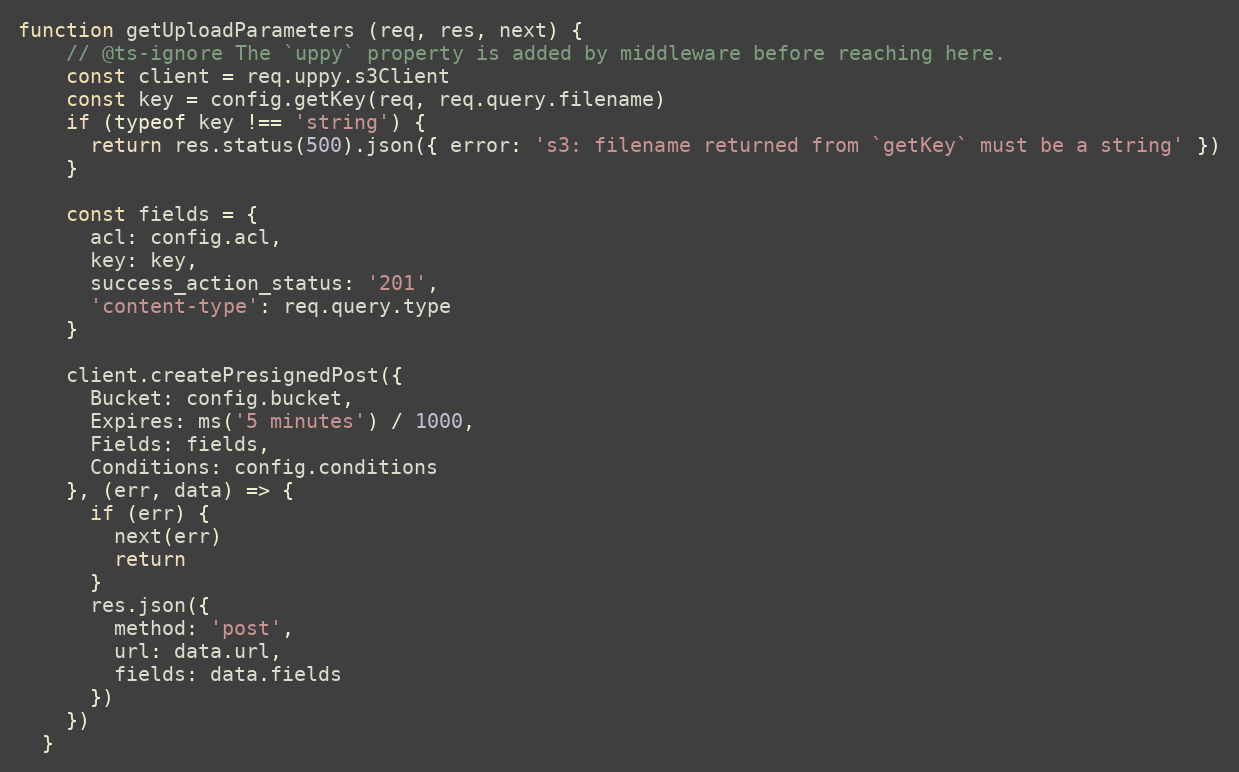
Language: JavaScript
function getUploadParameters (req, res, next) {
    // @ts-ignore The `uppy` property is added by middleware before reaching here.
    const client = req.uppy.s3Client
    const key = config.getKey(req, req.query.filename)
    if (typeof key !== 'string') {
      return res.status(500).json({ error: 's3: filename returned from `getKey` must be a string' })
    }

    const fields = {
      acl: config.acl,
      key: key,
      success_action_status: '201',
      'content-type': req.query.type
    }

    client.createPresignedPost({
      Bucket: config.bucket,
      Expires: ms('5 minutes') / 1000,
      Fields: fields,
      Conditions: config.conditions
    }, (err, data) => {
      if (err) {
        next(err)
        return
      }
      res.json({
        method: 'post',
        url: data.url,
        fields: data.fields
      })
    })
  }